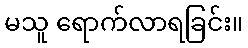
မသူ ရောက်လာရခြင်း။